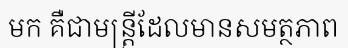
មក គឺជាមន្ត្រីដែលមានសមត្ថភាព